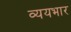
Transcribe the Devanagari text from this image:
व्ययभार